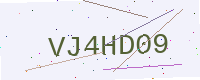
Text: VJ4HD09